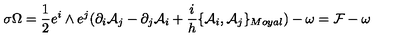
\sigma \Omega = \frac { 1 } { 2 } e ^ { i } \wedge e ^ { j } ( \partial _ { i } { \cal { A } } _ { j } - \partial _ { j } { \cal { A } } _ { i } + \frac { i } { h } \{ { \cal { A } } _ { i } , { \cal { A } } _ { j } \} _ { M o y a l } ) - \omega = { \cal { F } } - \omega